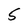
Character: 5